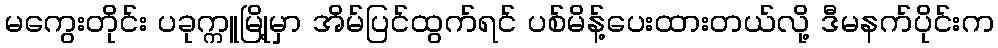
မကွေးတိုင်း ပခုက္ကူမြို့မှာ အိမ်ပြင်ထွက်ရင် ပစ်မိန့်ပေးထားတယ်လို့ ဒီမနက်ပိုင်းက